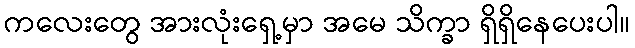
ကလေးတွေ အားလုံးရှေ့မှာ အမေ သိက္ခာ ရှိရှိနေပေးပါ။